Report on vaccination in the Province of Bengal - 1874-1889
Year: 1874
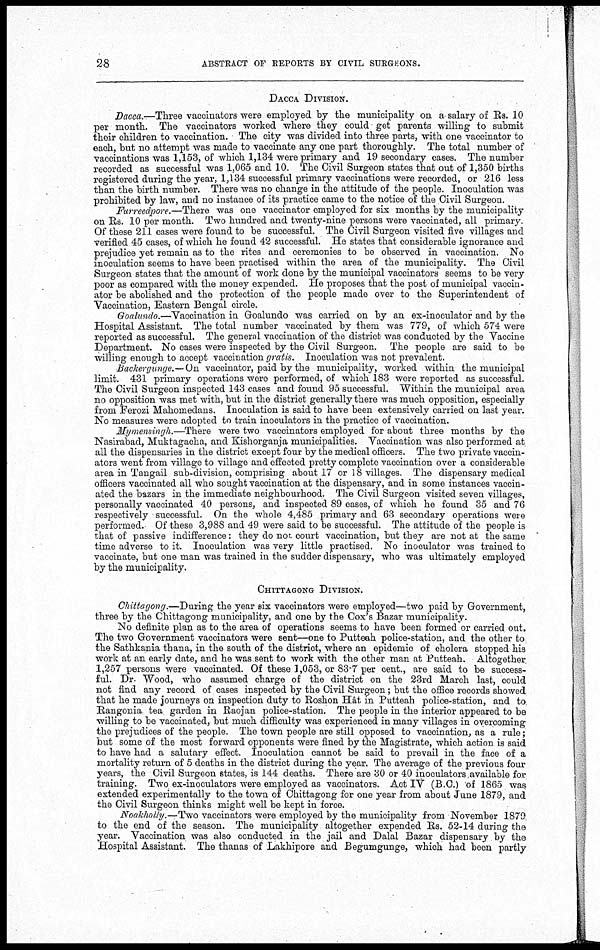
28
ABSTRACT OF REPORTS BY CIVIL SURGEONS.
DACCA DIVISION.
Dacca.—Three vaccinators were employed by the municipality on a salary of Rs. 10
per month. The vaccinators worked where they could - get parents willing to submit
their children to vaccination. The city was divided into three parts, with one vaccinator to
each, but no attempt was made to vaccinate any one part thoroughly. The total number of
vaccinations was 1,153, of which 1,134 were primary and 19 secondary cases. The number
recorded as successful was 1,065 and 10. The Civil Surgeon states that out of 1,350 births
registered during the year, 1,134 successful primary vaccinations were recorded, or 216 less
than the birth number. There was no change in the attitude of the people. Inoculation was
prohibited by law, and no instance of its practice came to the notice of the Civil Surgeon.
Furreedpore.—There was one vaccinator employed for six months by the municipality
on Rs. 10 per month. Two hundred and twenty-nine persons were vaccinated, all primary.
Of these 211 cases were found to be successful. The Civil Surgeon visited five villages and
verified 45 cases, of which he found 42 successful. He states that considerable ignorance and
prejudice yet remain as to the rites and ceremonies to be observed in vaccination. No
inoculation seems to have been practised within the area of the municipality. The Civil
Surgeon states that the amount of work done by the municipal vaccinators seems to be very
poor as compared with the money expended. He proposes that the post of municipal vaccin-
ator be abolished and the protection of the people made over to the Superintendent of
Vaccination, Eastern Bengal circle.
Goalundo.—Vaccination in Goalundo was carried on by an ex-inoculator and by the
Hospital Assistant. The total number vaccinated by them was 779, of which 574 were
reported as successful. The general vaccination of the district was conducted by the Vaccine
Department. No cases were inspected by the Civil Surgeon. The people are said to be
willing enough to accept vaccination gratis. Inoculation was not prevalent.
Backergunge.— On vaccinator, paid by the municipality, worked within the municipal
limit. 431 primary operations were performed, of which 183 were reported as successful.
The Civil Surgeon inspected 143 cases and found 95 successful. Within the municipal area
no opposition was met with, but in the district generally there was much opposition, especially
from Ferozi Mahomedans. Inoculation is said to have been extensively carried on last year.
No measures were adopted to train inoculators in the practice of vaccination.
Mymensingh.—There were two vaccinators employed for about three months by the
Nasirabad, Muktagacha, and Kishorganja municipalities. Vaccination was also performed at
all the dispensaries in the district except four by the medical officers. The two private vaccin-
ators went from village to village and effected pretty complete vaccination over a considerable
area in Tangail sub-division, comprising about 17 or 18 villages. The dispensary medical
officers vaccinated all who sought vaccination at the dispensary, and in some instances vaccin-
ated the bazars in the immediate neighbourhood. The Civil Surgeon visited seven villages,
personally vaccinated 40 persons, and inspected 89 cases, of which he found 35 and 76
respectively successful. On the whole 4,485 primary and 63 secondary operations were
performed. Of these 3,988 and 49 were said to be successful. The attitude of the people is
that of passive indifference: they do not court vaccination, but they are not at the same
time adverse to it. Inoculation was very little practised. No inoculator was trained to
vaccinate, but one man was trained in the sudder dispensary, who was ultimately employed
by the municipality.
CHITTAGONG DIVISION.
Chittagong.—During the year six vaccinators were employed—two paid by Government,
three by the Chittagong municipality, and one by the Cox's Bazar municipality.
No definite plan as to the area of operations seems to have been formed or carried out.
The two Government vaccinators were sent—one to Putteah police-station, and the other to
the Sathkania thana, in the south of the district, where an epidemic of cholera stopped his
work at an early date, and he was sent to work with the other man at Putteah. Altogether
1,257 persons were vaccinated. Of these 1,053, or 83.7 per cent., are said to be success-
ful. Dr. Wood, who assumed charge of the district on the 23rd March last, could
not find any record of cases inspected by the Civil Surgeon; but the office records showed
that he made journeys on inspection duty to Roshon Hât in Putteah police-station, and to
Rangonia tea garden in Raojan police-station. The people in the interior appeared to be
willing to be vaccinated, but much difficulty was experienced in many villages in overcoming
the prejudices of the people. The town people are still opposed to vaccination, as a rule;
but some of the most forward opponents were fined by the Magistrate, which action is said
to have had a salutary effect. Inoculation cannot be said to prevail in the face of a
mortality return of 5 deaths in the district during the year. The average of the previous four
years, the Civil Surgeon states, is 144 deaths. There are 30 or 40 inoculators available for
training. Two ex-inoculators were employed as vaccinators. Act IV (B.C.) of 1865 was
extended experimentally to the town of Chittagong for one year from about June 1879, and
the Civil Surgeon thinks might well be kept in force.
Noakholly.—Two vaccinators were employed by the municipality from November 1879
to the end of the season. The municipality altogether expended Rs. 52-14 during the
year. Vaccination was also conducted in the jail and Dalal Bazar dispensary by the
Hospital Assistant. The thanas of Lakhipore and Begumgunge, which had been partly